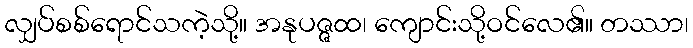
လျှပ်စစ်ရောင်သကဲ့သို့။ အနုပဇ္ဇထ၊ ကျောင်းသို့ဝင်လေ၏။ တဿာ၊